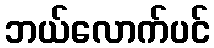
ဘယ်လောက်ပင်